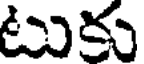
టుకు